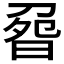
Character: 𠝽